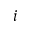
i